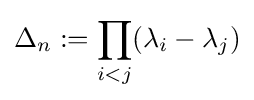
\Delta _{n}:=\prod _{i<j}(\lambda _{i}-\lambda _{j})